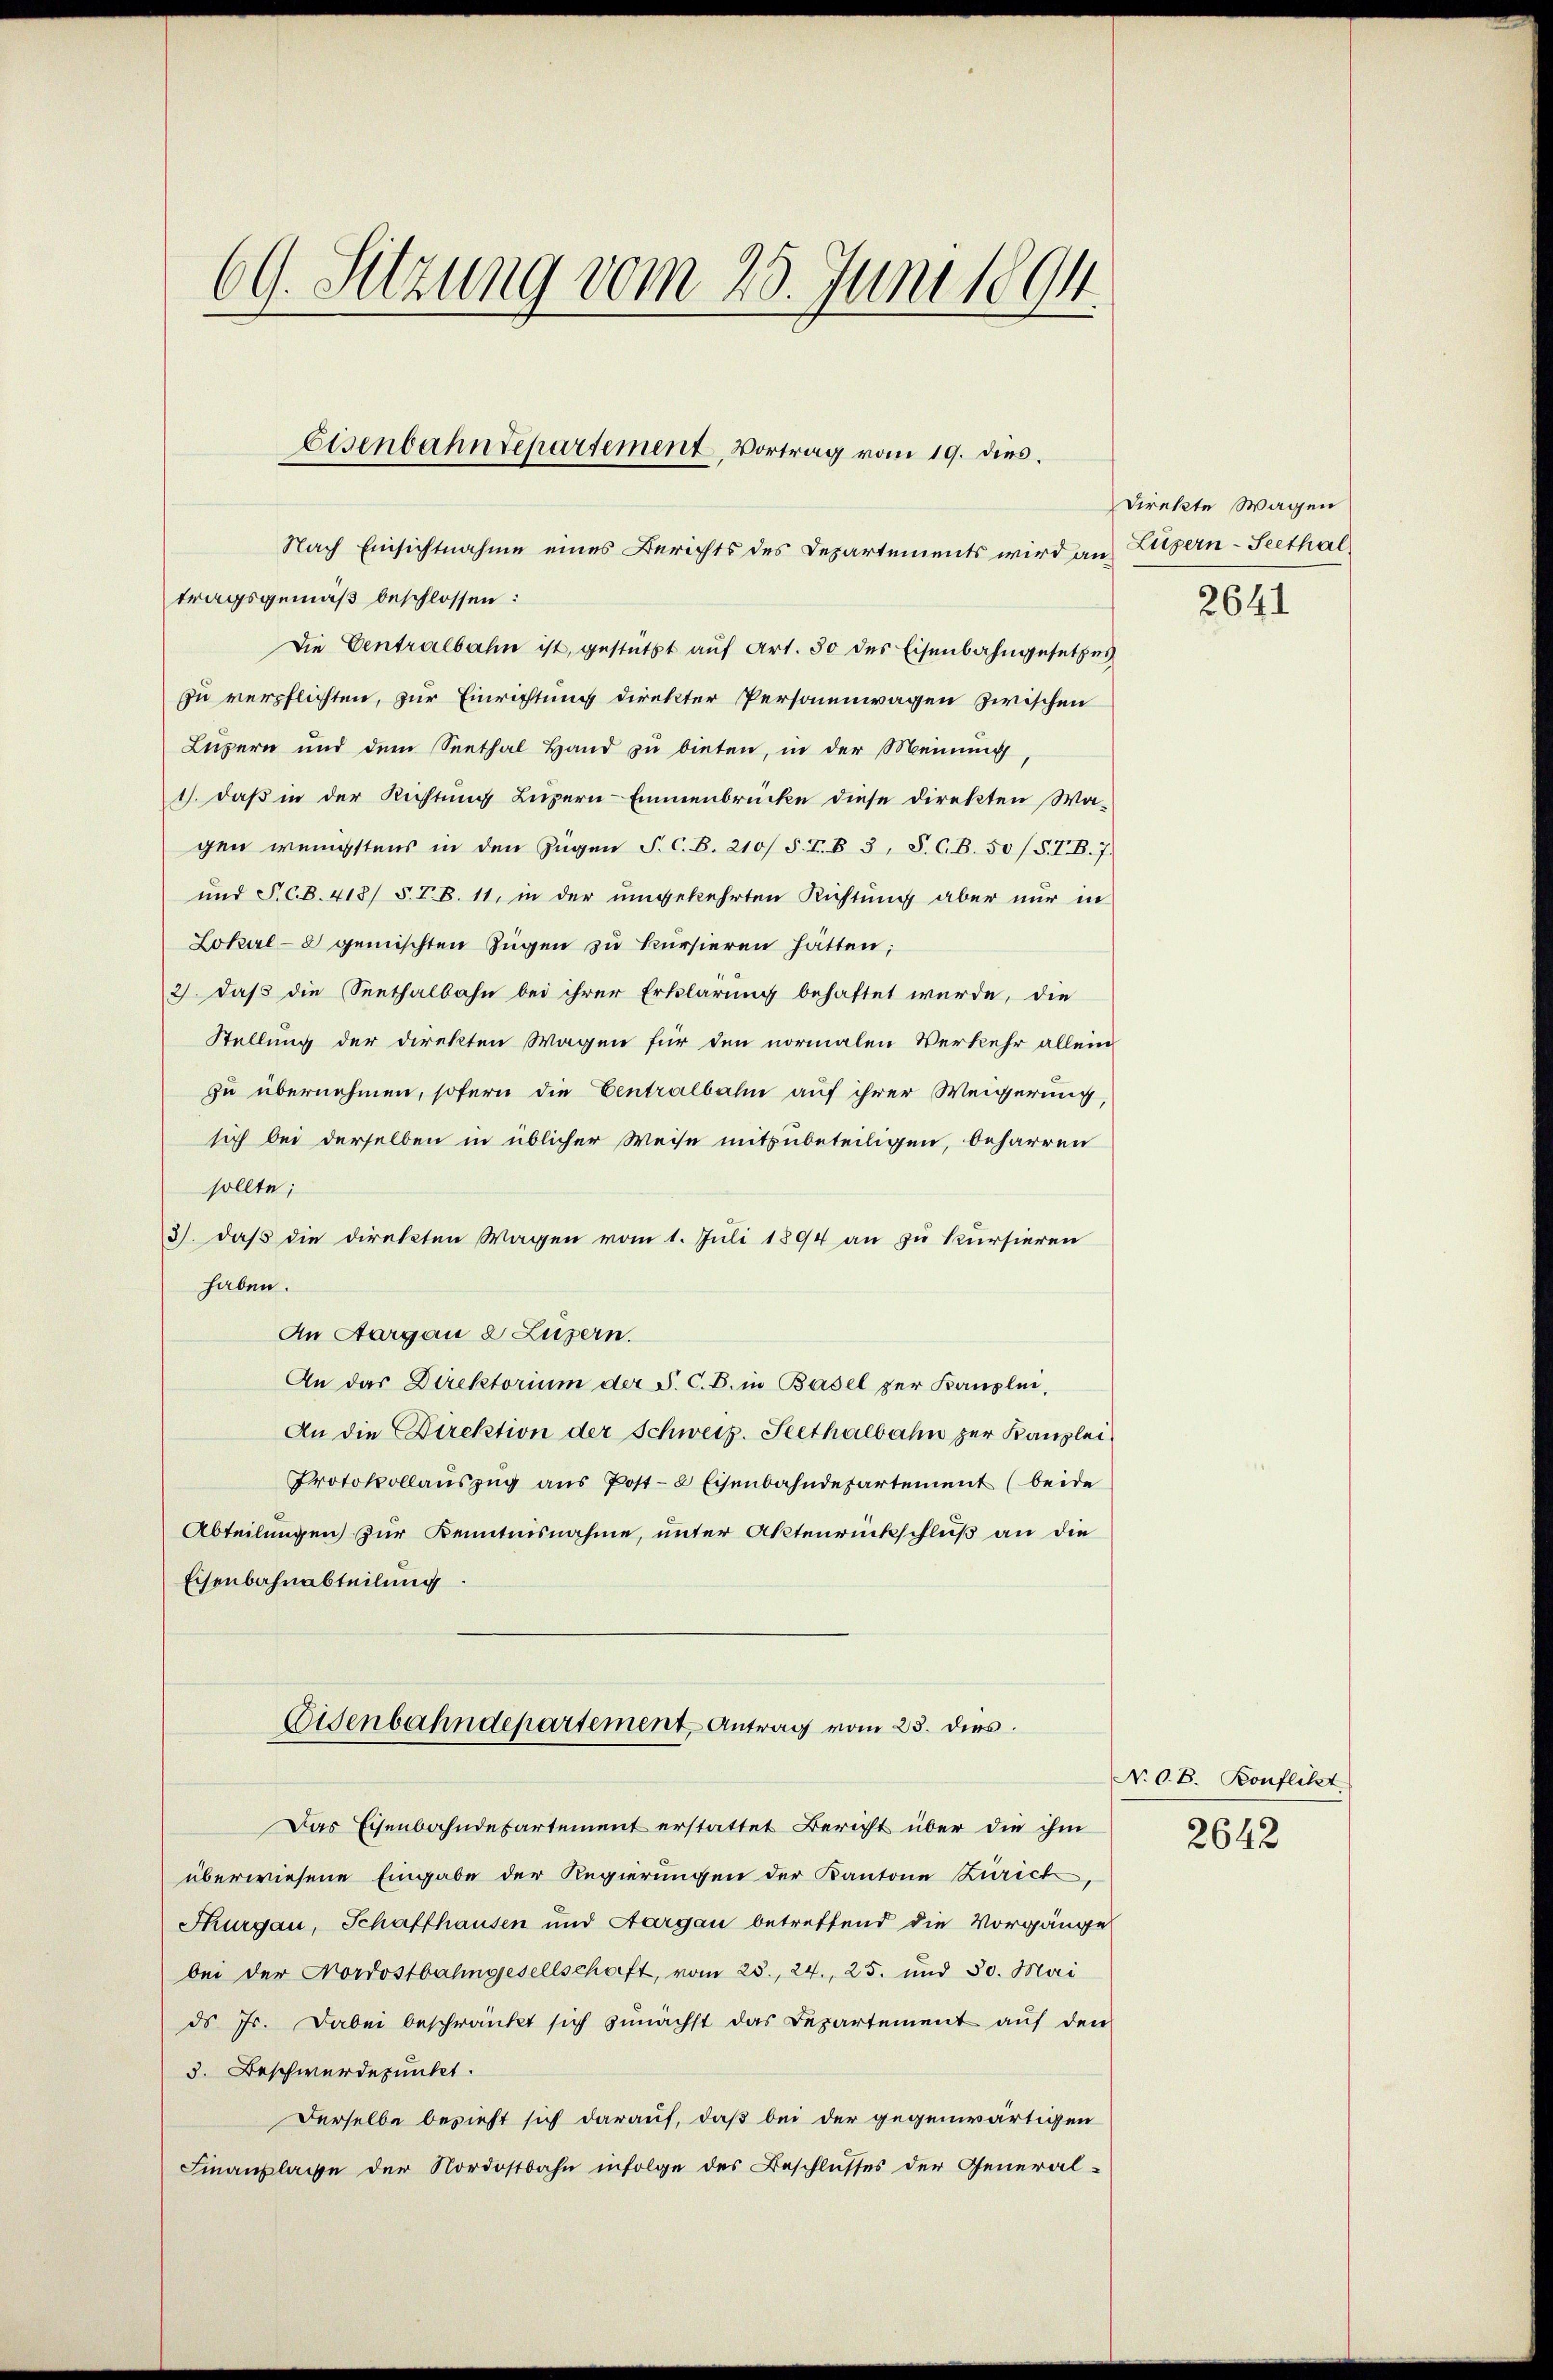
69. Sitzung vom 25. Juni leg

Nach Einsichtnahme eines Berichts des Departements wird an Luzern-Seethal
tragsgemäß beschlossen:
Die Centralbahn ist, gestützt auf Art. 30 des Eisenbahngesetzes
zu verpflichten, zur Einrichtung direkter Personenwagen zwischen
Lupern und dem Seethal Hand zu bieten, in der Meinung
1) daß in der Richtung Luzern Emmenbrücke diese Direkten Wagen wenigstens in den Zügen P. C. B. 210/5. I. B. 3, S. C. B. 50/S.TB. 7.
und P. C. B. 418/ §. V. B. 11, in der umgekehrten Richtung aber nur in
Lokal-8 gemischten Zügen zu kursieren hätten;
2) daß die (Seethalbahn bei ihrer Erklärung behaftet wurde, die
Stellung der Direkten Wagen für den normalen Verkehr allein
zu übernehmen, sofern die Centralbahn auf ihrer Weigerung,
sich bei derselben in üblicher Weise mitzubeteiligen, beharren
sollte;
3) daß die direkten Wagen vom 1. Juli 1894 an zu kursieren
haben.
An Aargau 2 Luzern.
An das Direktorium der S. C. B. in Basel der Kanzlei,
An die Direktion der Schweiz. Seethalbahn zur Kanzlei-
Protokollaŭszŭg aŭs Post- & Eisenbahndepartement (beide
Abteilungen zur Kenntnisnahme, unter Aktenrückschluß an die
Eisenbahnabteilung.

Eisenbahndepartement, Vortrag vom 19. dies

Eisenbahndepartement Antrag vom 23. dies

ds J. Dabei beschränkt sich zunächst das Departement auf den
3. Beschwerdepunkt.
Derselbe bezieht sich darauf, daß bei der gegenwärtigen
Finanlasse der Nordostbahn infolge des Beschlusses der General-

Das Eisenbahndepartement erstattet Bericht über die ihm
überwiesene Eingabe der Regierungen der Kantone Zürich
Thurgau, Schaffhausen und Aargau betreffend die Vorgänge
bei der Nordostbahngesellschaft, vom 25.,24., 25. und 30. Mai

Direkte Wagen
2641

N. O. B. Konflikt

2642